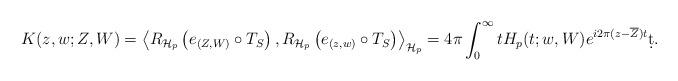
LaTeX: \begin{align*}K(z,w;Z,W) &= \left\langle R_{\mathcal{H}_p}\left(e_{(Z,W)}\circ T_S\right),R_{\mathcal{H}_p}\left(e_{(z,w)}\circ T_S\right) \right\rangle_{\mathcal{H}_p}=4\pi \int_0^{\infty} tH_p(t;w,W)e^{i2\pi (z-\overline{Z})t} \d t.\end{align*}